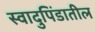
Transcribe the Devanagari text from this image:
स्वादुपिंडातील